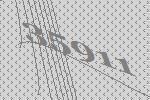
35911